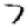
Digit: 7